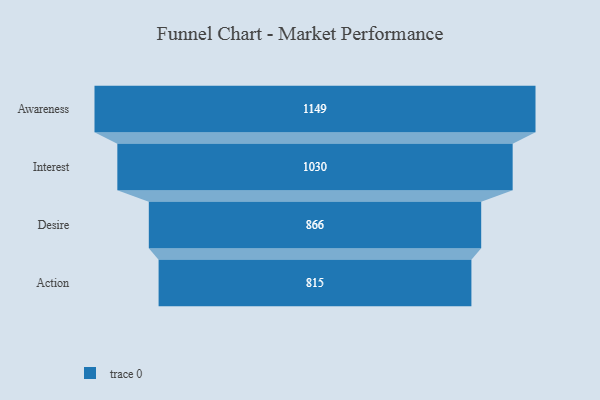
{"axis": {"x": "Stage", "y": "Value"}, "legend": [""], "data": [{"x": "Awareness", "y": 1149.0, "type": ""}, {"x": "Interest", "y": 1030.0, "type": ""}, {"x": "Desire", "y": 866.0, "type": ""}, {"x": "Action", "y": 815.0, "type": ""}]}